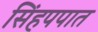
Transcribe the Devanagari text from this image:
सिंहपपात